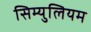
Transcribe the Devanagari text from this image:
सिम्युलियम